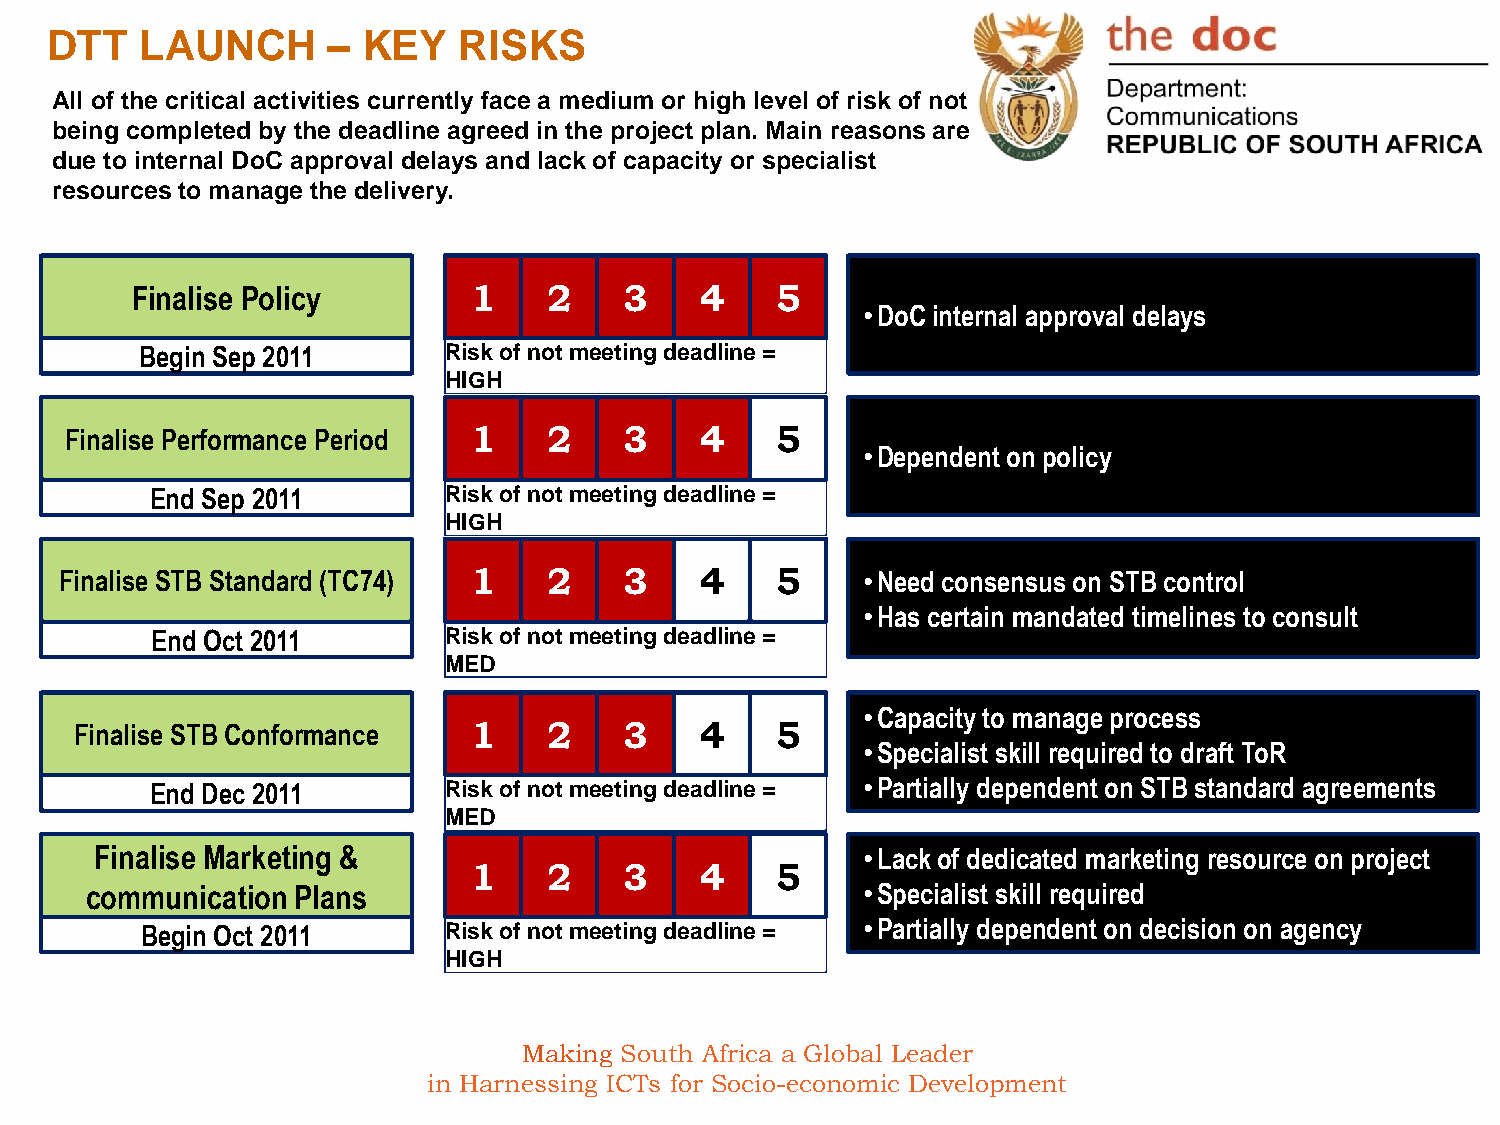
DTT   LAUNCH       – KEY   RISKS
 All of the critical activities currently face a medium or high level of risk of not
 being completed by the deadline agreed in the project plan. Main reasons are
 due to internal DoC approval delays and lack of capacity or specialist
 resources to manage the delivery.
 Finalise Policy       1    2    3    4    5
 •DoC internal approval delays
 Begin Sep 2011      Risk of not meeting deadline =
 HIGH
 Finalise Performance Period 1   2    3    4    5
 •Dependent on policy
 End Sep 2011       Risk of not meeting deadline =
 HIGH
 Finalise STB Standard (TC74) 1  2    3    4    5     •Need consensus on STB control
 •Has certain mandated timelines to consult
 End Oct 2011       Risk of not meeting deadline =
 MED
 •Capacity to manage process
 Finalise STB Conformance  1    2    3    4    5
 •Specialist skill required to draft ToR
 End Dec 2011       Risk of not meeting deadline = •Partially dependent on STB standard agreements
 MED
 Finalise Marketing &                               •Lack of dedicated marketing resource on project
 1    2    3    4    5
 communication Plans                                •Specialist skill required
 Begin Oct 2011      Risk of not meeting deadline = •Partially dependent on decision on agency
 HIGH
 Making South Africa a Global Leader
 in Harnessing ICTs for Socio-economic Development